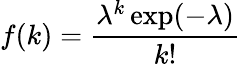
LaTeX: f(k)={\frac{\lambda^{k}\exp(-\lambda)}{k!}}